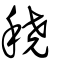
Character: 穘